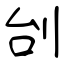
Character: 刣